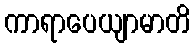
ကာရာပေယျာမာတိ